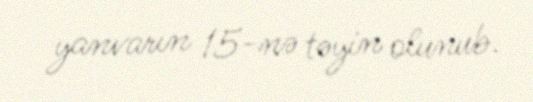
yanvarın 15-nə təyin olunub.